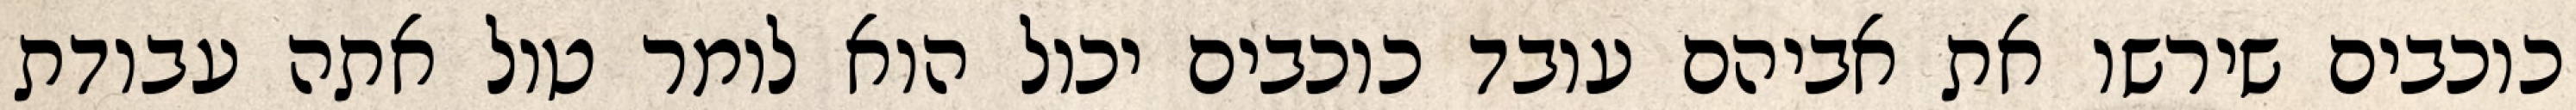
כוכבים שירשו את אביהם עובד כוכבים יכול הוא לומר טול אתה עבודת